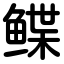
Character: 鲽